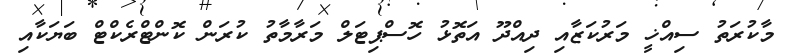
މާކުރަތު ސިއްޚީ މަރުކަޒާއި ދިއްދޫ އަތޮޅު ހޮސްޕިޓަލް މަރާމާތު ކުރަން ކޮންޓްރެކްޓް ބަޔަކާއި